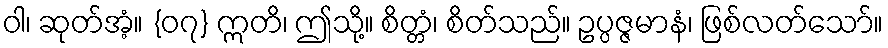
ဝါ၊ ဆုတ်အံ့။ {၀၇} ဣတိ၊ ဤသို့။ စိတ္တံ၊ စိတ်သည်။ ဥပ္ပဇ္ဇမာနံ၊ ဖြစ်လတ်သော်။